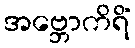
အဗ္ဘောကိရိံ